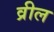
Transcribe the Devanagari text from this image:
व्रील